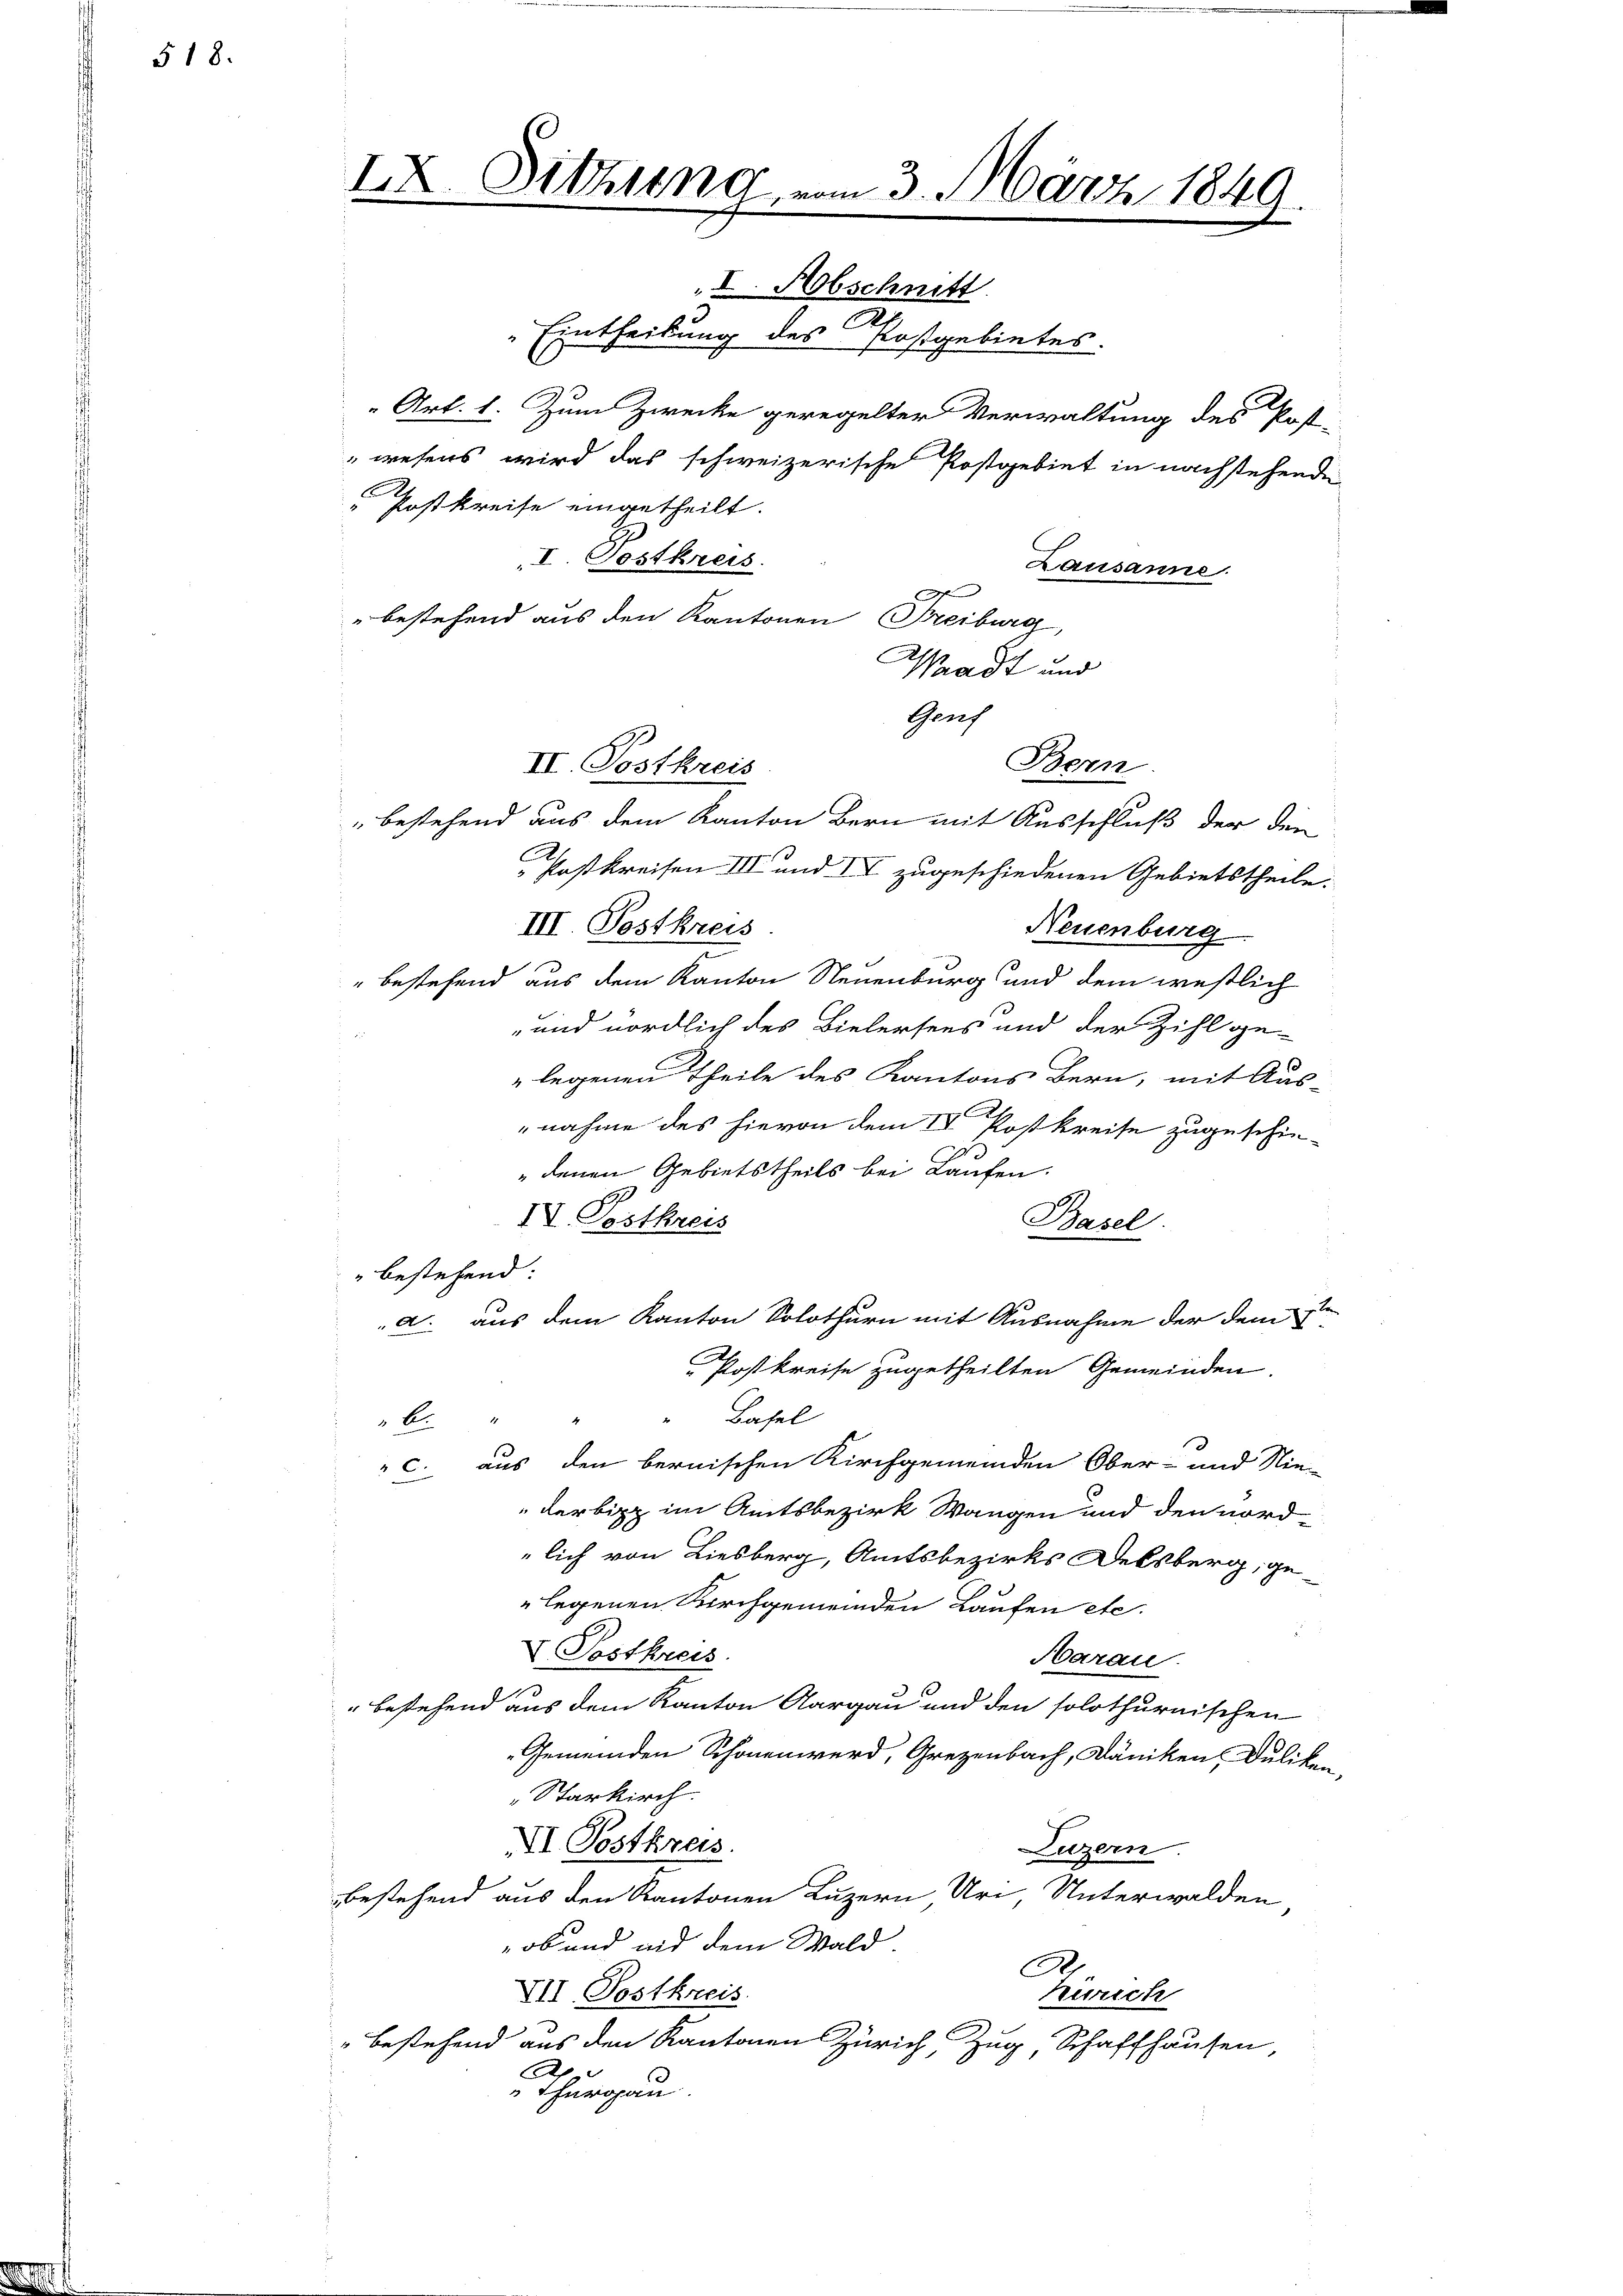
518.

Lausanne.
J
" bestehend aus den Kantonen Freiburg,
Waadt und
Gent
bestehend aus dem Kanton Bern mit Ausschluß der den
 Postkreisen III und II zugeschiedenen Gebietstheile.
III. Pestkreis
Neuenburg
" bestehend aus dem Kanton Neuenburg und dem westlich
und nördlich des Bielersees und der Zihl ge-
legenen Theile des Kantons Bern, mit Aus-
nahme des hievon dem IV. Post kreise zugeschie-
" denen Gebietstheils bei Laufen.
IV. Postkreis
Basel.
" bestehend:
d. aus dem Kanton Solothurn mit Ausnahme der dem
Postkreise zugetheilten Gemeinden.
" Basel
b.
 c. aus den bernischen Kirchgemeinden Ober- und Nie-
Lerbipp im Amtsbezirk Wangen und den nord
lich von Liesberg, Amtsbezirks Delsberg, ge-
legenen Kirchgemeinden Laufen etc.
V. Postkreis
Harau
1
" bestehend aus dem Kanton Aargau und den solothurnischen
Gemeinden Schönen werd, Grezenbach, Däniken Duliken,
Starkirch
VI Postkras.
Luzern
bestehend aus den Kantonen Luzern Uri Unterwalden
ob und und dem Wald.
A
VII. Postkreis.
urich
" bestehend aus den Kantonen Zürich, Zug Schaffhausen,
e
Thurgau.

IX. Sitzung vom 3. März 1849.
I. Abschnitt
2
Eintheilung des Postgebietes.
Art. 1. Zum Zwecke geregelter Verwaltung des Post-
"wesens wird das schweizerische Postgebiet in nachstehende
Postkreise eingetheilt.
I Postkreis.

II. Postkreis

Bern